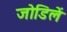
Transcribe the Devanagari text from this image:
जोडिलें